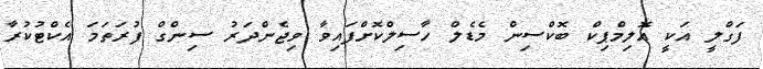
ފަގްލީ އަކީ އޮލިމްޕިކް ބޮކްސިން މެޑެލް ހާސިލްކޮށްފައިވާ ވިޖެންދަރު ސިންގް ފުރަތަމަ އެކްޓުކުރާ